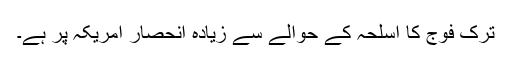
ترک فوج کا اسلحہ کے حوالے سے زیادہ انحصار امریکہ پر ہے۔